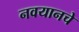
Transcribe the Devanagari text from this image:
नवयानचे